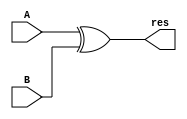
`timescale 1ns / 1ps
//////////////////////////////////////////////////////////////////////////////////
// Company: 
// Engineer: 
// 
// Design Name: 
// Module Name:    xor32 
// Project Name: 
// Target Devices: 
// Tool versions: 
// Description: 
//
// Dependencies: 
//
// Revision: 
// Revision 0.01 - File Created
// Additional Comments: 
//
//////////////////////////////////////////////////////////////////////////////////
module xor32(input [31:0] A,
				 input [31:0] B,
				 output [31:0] res
    );

assign res = A ^ B;

endmodule